Vabadussoja_Ajaloo_Komitee, lk 55
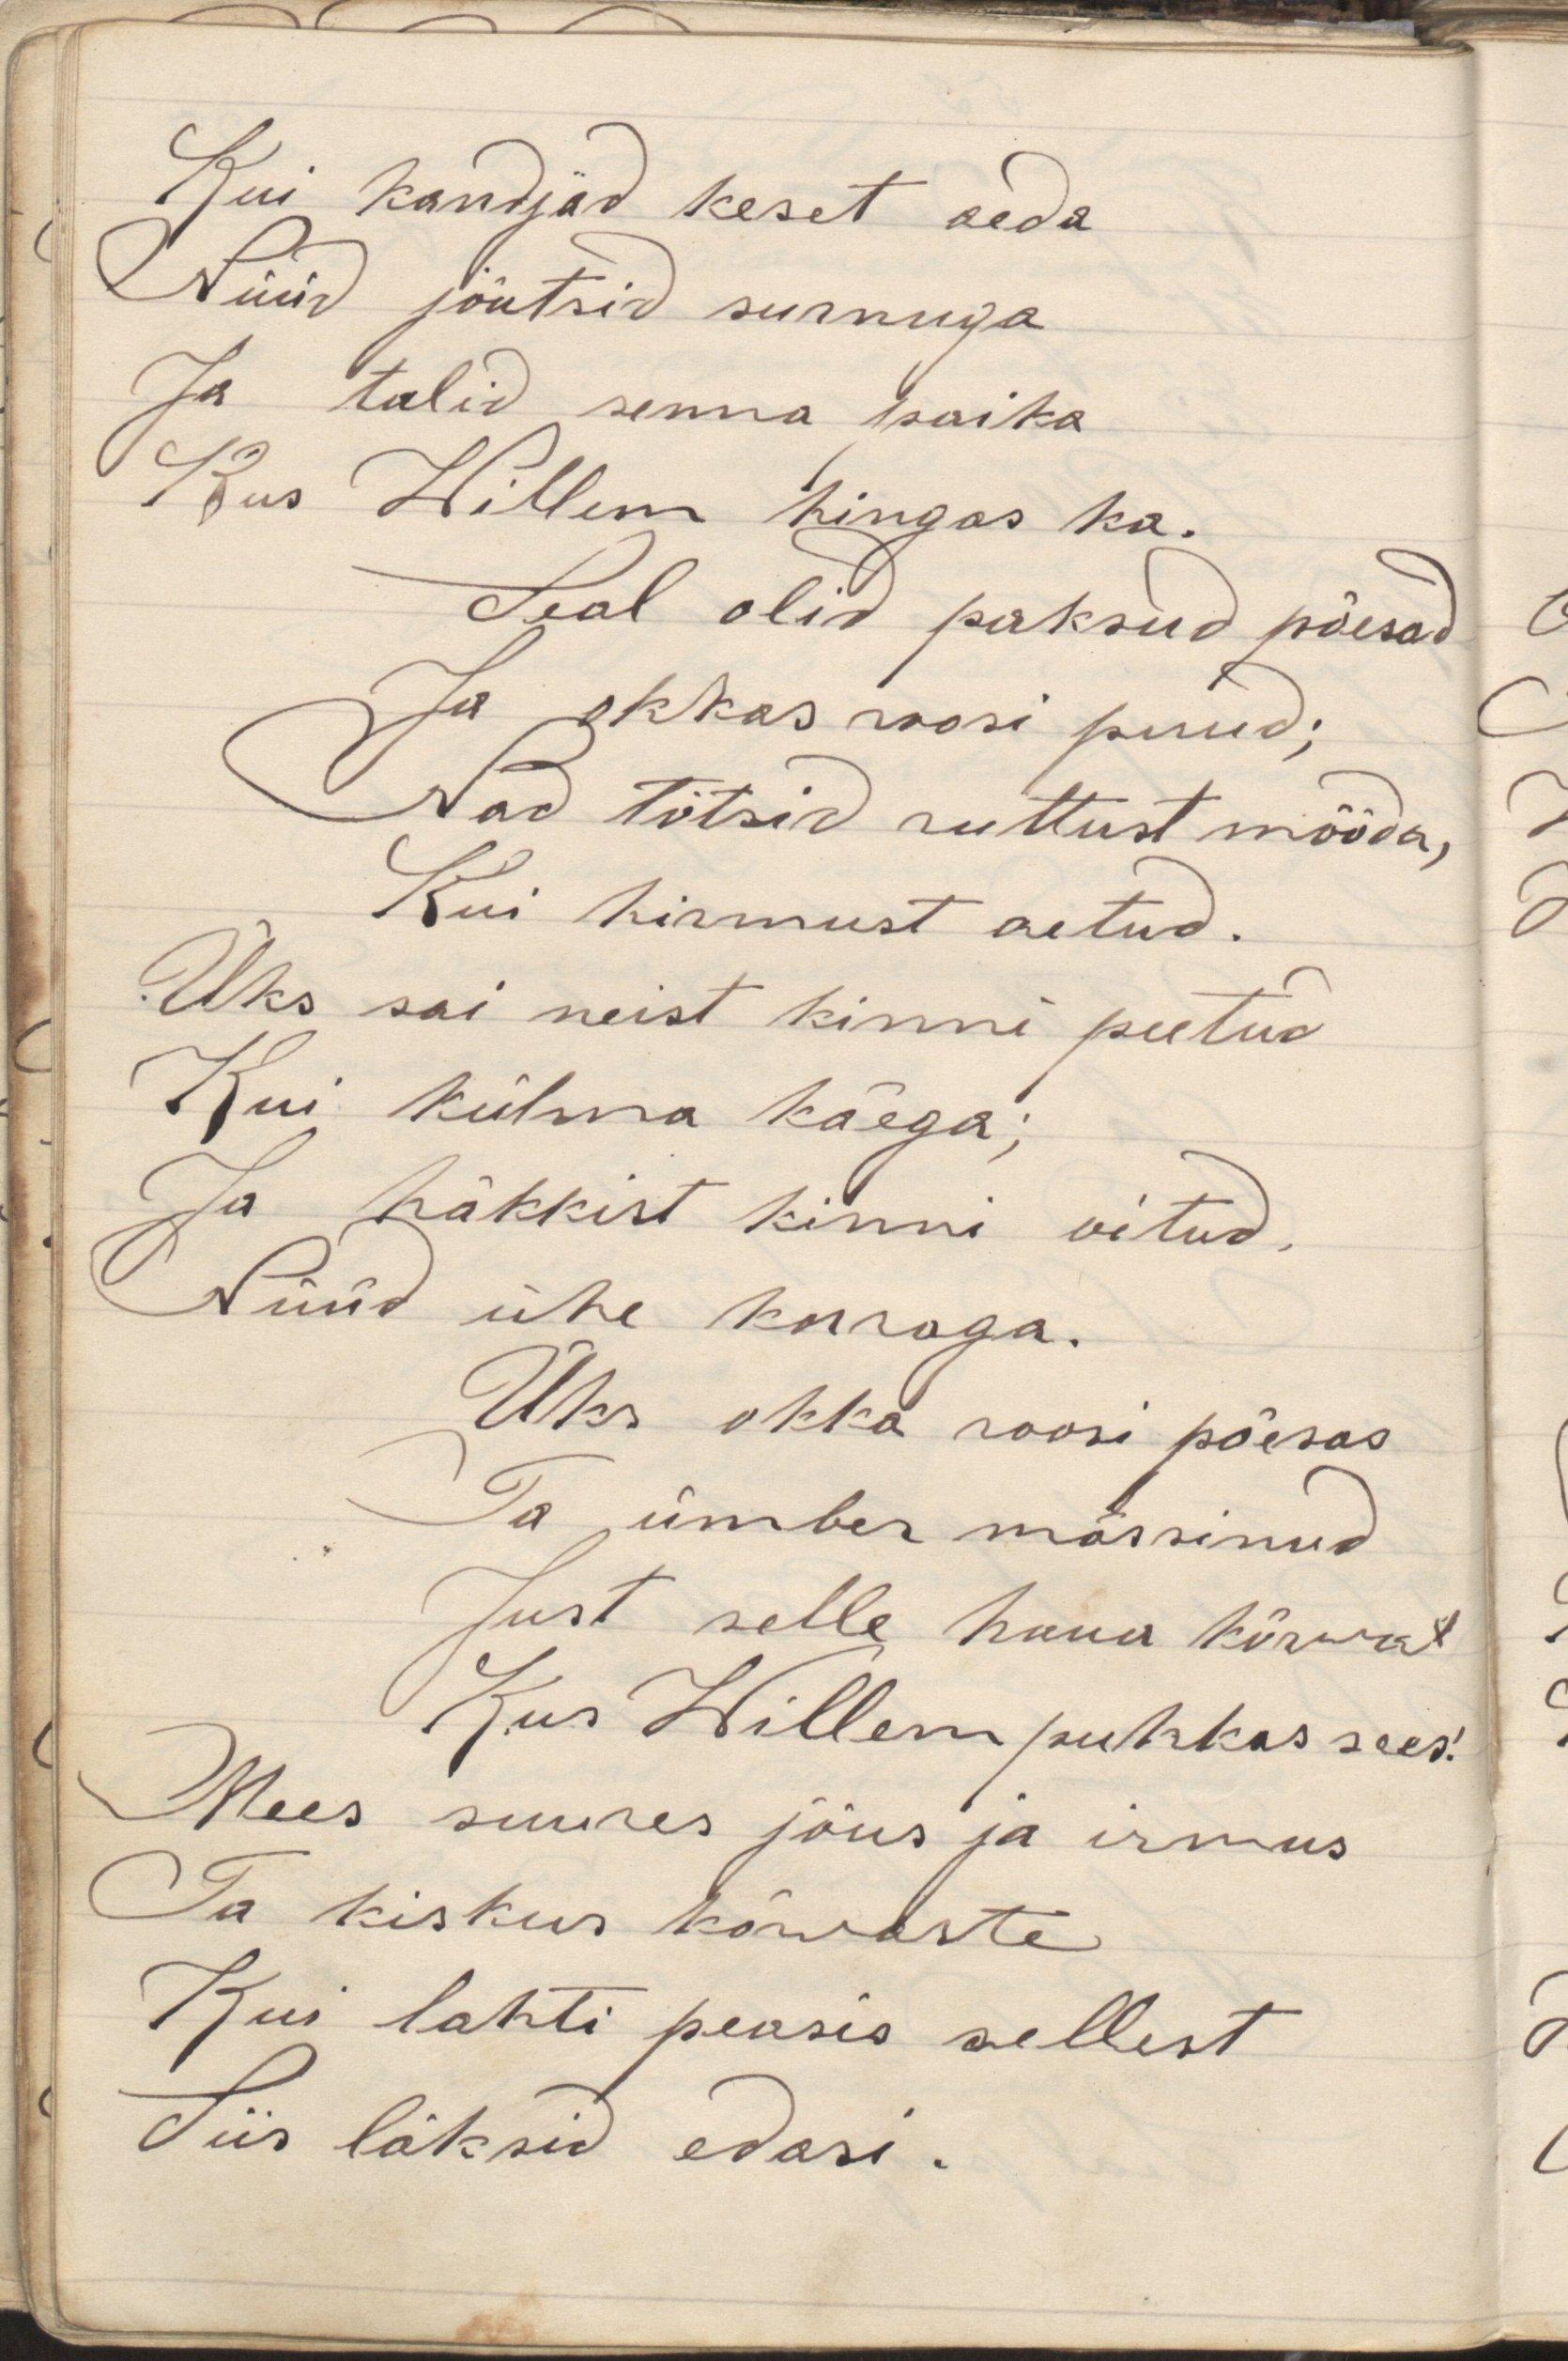
Kui kandjad keset aedaNüüd jõutsid surnugaJa tulid sinna paikaKus Willem hingas ka.Seal olid paksud põesadJa okkas roosi puud;Nad tõtsid ruttust mööda,Kui hirmust aetud.Üks sai neist kinni peetudKui külma käega;Ja häkkist kinni oitud,Nüüd ühe korraga.Üks okka roosi põesasTa ümber mässinudJust selle haua kõrwalKus Willem puhkas sees.Mees suures jõus ja irmusTa kiskus kõwasteKui lahti peasis sellestSiis läksid edasi.